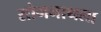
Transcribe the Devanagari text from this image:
सोमनाथला